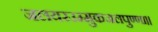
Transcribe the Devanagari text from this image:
जलयरउम्मुकजलपुण्णा।।